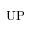
\mathrm { U P }